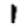
Digit: 1